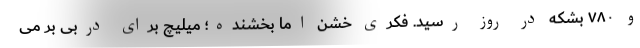
و ۷۸۰ بشکه در روز رسید. فکری خشن اما بخشنده؛ میلیچ برای دربی بر می